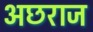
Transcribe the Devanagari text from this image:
अछराज